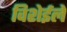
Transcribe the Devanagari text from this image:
विशेईले